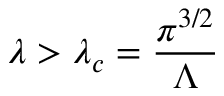
\lambda > \lambda _ { c } = \frac { \pi ^ { 3 / 2 } } { \Lambda }